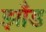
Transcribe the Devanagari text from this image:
झाँड